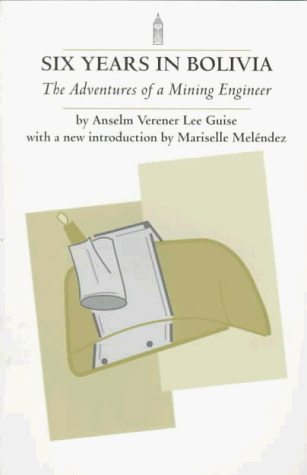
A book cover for Six Years in Bolivia: The Adventures of a Mining Engineer; Anselem Verener Lee Guise; Travel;